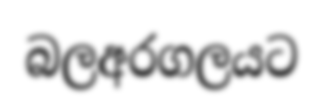
බලඅරගලයට